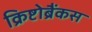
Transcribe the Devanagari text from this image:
क्रिष्टोब्रैंकस